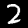
Label: 2